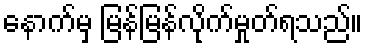
နောက်မှ မြန်မြန်လိုက်မှုတ်ရသည်။